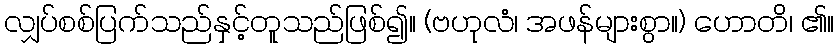
လျှပ်စစ်ပြက်သည်နှင့်တူသည်ဖြစ်၍။ (ဗဟုလံ၊ အဖန်များစွာ။) ဟောတိ၊ ၏။